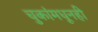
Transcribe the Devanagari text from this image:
चुकांमधूनही